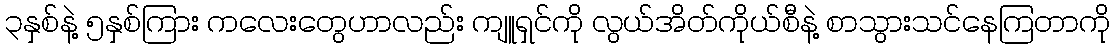
၃နှစ်နဲ့ ၅နှစ်ကြား ကလေးတွေဟာလည်း ကျူရှင်ကို လွယ်အိတ်ကိုယ်စီနဲ့ စာသွားသင်နေကြတာကို